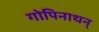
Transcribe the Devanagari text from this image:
गोपिनाथन्